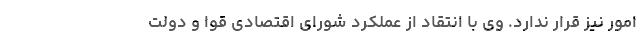
امور نیز قرار ندارد. وی با انتقاد از عملکرد شورای اقتصادی قوا و دولت